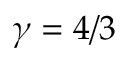
\gamma = 4 / 3